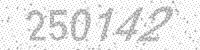
Solution: 250142